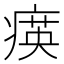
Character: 𤸡